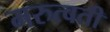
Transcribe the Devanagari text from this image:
मरुत्वती